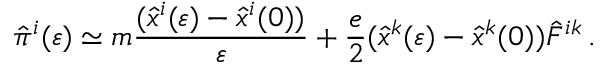
{ \hat { \pi } } ^ { i } ( \varepsilon ) \simeq m { \frac { ( { \hat { x } } ^ { i } ( \varepsilon ) - { \hat { x } } ^ { i } ( 0 ) ) } { \varepsilon } } + { \frac { e } { 2 } } ( { \hat { x } } ^ { k } ( \varepsilon ) - { \hat { x } } ^ { k } ( 0 ) ) { \hat { F } } ^ { i k } \, .